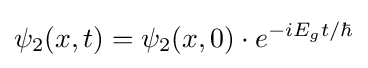
\psi _{2}(x,t)=\psi _{2}(x,0)\cdot e^{-iE_{g}t/\hbar }